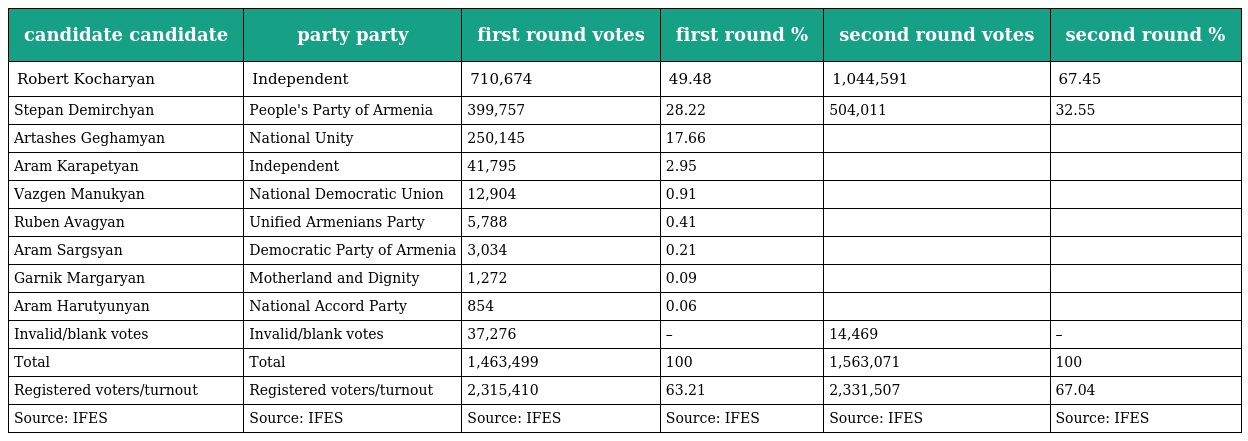
| candidate candidate | party party | first round votes | first round % | second round votes | second round % |
 | --- | --- | --- | --- | --- | --- |
 | Robert Kocharyan | Independent | 710,674 | 49.48 | 1,044,591 | 67.45 |
 | Stepan Demirchyan | People's Party of Armenia | 399,757 | 28.22 | 504,011 | 32.55 |
 | Artashes Geghamyan | National Unity | 250,145 | 17.66 |  |  |
 | Aram Karapetyan | Independent | 41,795 | 2.95 |  |  |
 | Vazgen Manukyan | National Democratic Union | 12,904 | 0.91 |  |  |
 | Ruben Avagyan | Unified Armenians Party | 5,788 | 0.41 |  |  |
 | Aram Sargsyan | Democratic Party of Armenia | 3,034 | 0.21 |  |  |
 | Garnik Margaryan | Motherland and Dignity | 1,272 | 0.09 |  |  |
 | Aram Harutyunyan | National Accord Party | 854 | 0.06 |  |  |
 | Invalid/blank votes | Invalid/blank votes | 37,276 | – | 14,469 | – |
 | Total | Total | 1,463,499 | 100 | 1,563,071 | 100 |
 | Registered voters/turnout | Registered voters/turnout | 2,315,410 | 63.21 | 2,331,507 | 67.04 |
 | Source: IFES | Source: IFES | Source: IFES | Source: IFES | Source: IFES | Source: IFES |